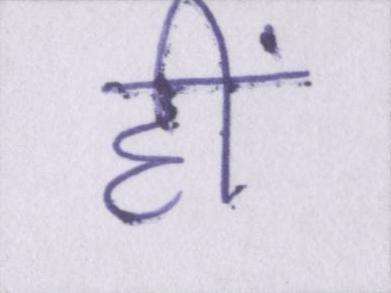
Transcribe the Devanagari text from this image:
हीं